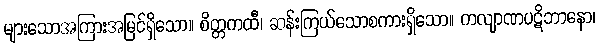
များသောအကြားအမြင်ရှိသော။ စိတ္တကထီ၊ ဆန်းကြယ်သောစကားရှိသော။ ကလျာဏပဋိဘာနော၊